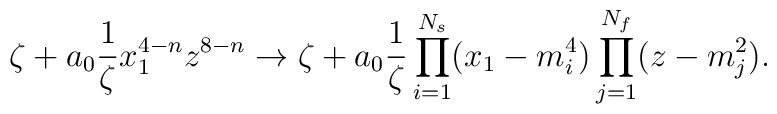
\zeta+a_0\frac{1}{\zeta} x_1^{4-n}z^{8-n} \to        \zeta+a_0\frac{1}{\zeta}\prod_{i=1}^{N_s}(x_1-m^4_i)                \prod_{j=1}^{N_f}(z-m^2_j).